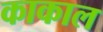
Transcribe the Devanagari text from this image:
काकाल